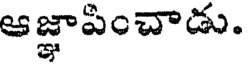
ఆజ్ఞాపించాడు.